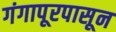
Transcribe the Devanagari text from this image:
गंगापूरपासून